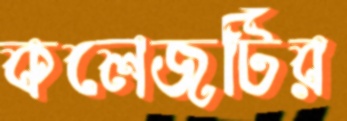
কলেজটির